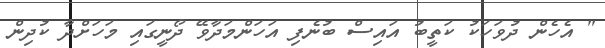
" އެހެން ދުވަހަކު ކަތީބު އައިސް ބުނެފި އަހަންމަދާވޭ ދޯނީގައި މަހަށްދާ ކުދިން